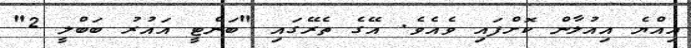
އިއްޔެ އިއުލާން ކޮށްފައި ވެއެވެ. އޭގެ ތެރޭގައި "ބަންޓީ އައުރު ބަބްލީ 2"